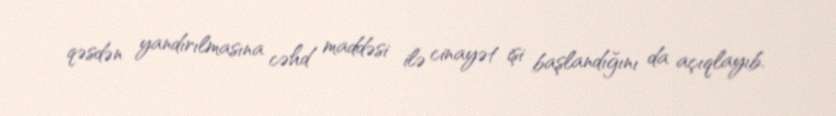
qəsdən yandırılmasına cəhd maddəsi ilə cinayət işi başlandığını da açıqlayıb.